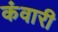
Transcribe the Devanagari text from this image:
कंवारी